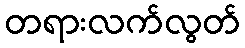
တရားလက်လွတ်